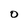
Character: O